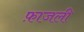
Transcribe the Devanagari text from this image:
फ़ाजली